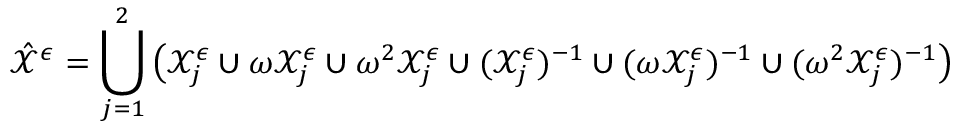
\hat { \mathcal { X } } ^ { \epsilon } = \bigcup _ { j = 1 } ^ { 2 } \big ( \mathcal { X } _ { j } ^ { \epsilon } \cup \omega \mathcal { X } _ { j } ^ { \epsilon } \cup \omega ^ { 2 } \mathcal { X } _ { j } ^ { \epsilon } \cup ( \mathcal { X } _ { j } ^ { \epsilon } ) ^ { - 1 } \cup ( \omega \mathcal { X } _ { j } ^ { \epsilon } ) ^ { - 1 } \cup ( \omega ^ { 2 } \mathcal { X } _ { j } ^ { \epsilon } ) ^ { - 1 } \big )